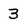
Character: 3